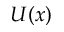
U ( x )